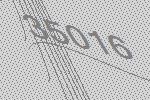
35016